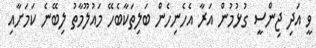
ވީ އަދި ޖިންސީ ގުޅުމުން އަރާ އެހެނިހެން ބަލިތަކާބެހޭ މައުލޫމާތު ލިބޭނެ ކަމަށާއި